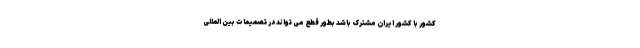
کشور با کشور ایران مشترک باشد بطور قطع می تواند در تصمیمات بین المللی